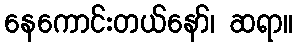
နေကောင်းတယ်နော်၊ ဆရာ။